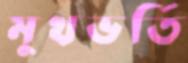
মুখভর্তি